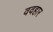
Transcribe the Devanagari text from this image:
ववहार